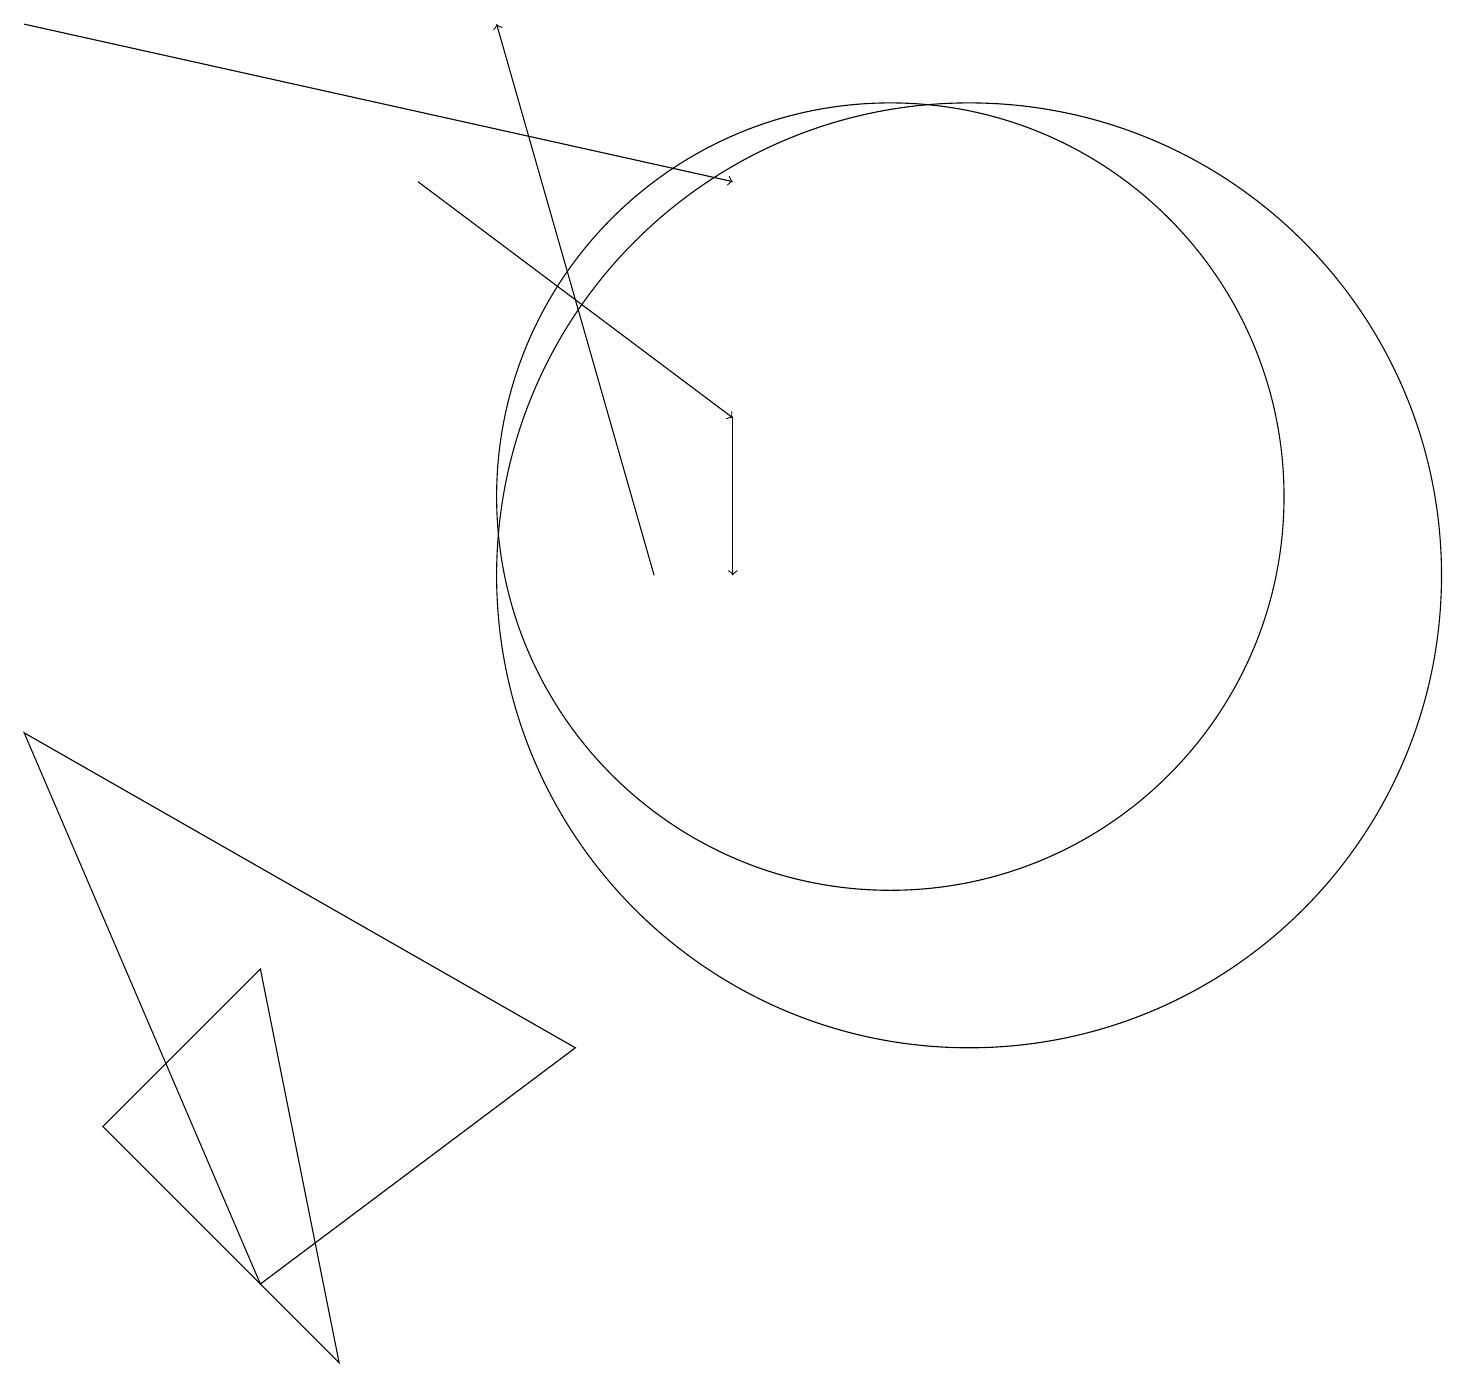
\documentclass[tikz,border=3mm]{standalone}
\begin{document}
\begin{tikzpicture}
\draw (12,10) circle (6);
\draw (11,11) circle (5);
\draw (1,3) -- (3,5) -- (4,0) -- cycle;
\draw[->] (0,17) -- (9,15);
\draw[->] (8,10) -- (6,17);
\draw[->] (9,12) -- (9,10);
\draw (7,4) -- (0,8) -- (3,1) -- cycle;
\draw[->] (5,15) -- (9,12);
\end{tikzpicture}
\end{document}